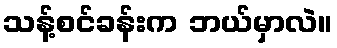
သန့်စင်ခန်းက ဘယ်မှာလဲ။